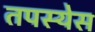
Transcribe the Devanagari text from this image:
तपस्येस